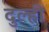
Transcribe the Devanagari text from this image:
दुल्ही